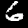
Digit: 6